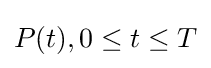
P(t),0\leq t\leq T